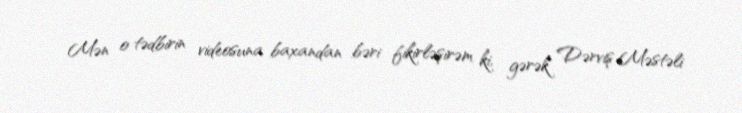
Mən o tədbirin videosuna baxandan bəri fikirləşirəm ki, gərək Dərviş Məstəli